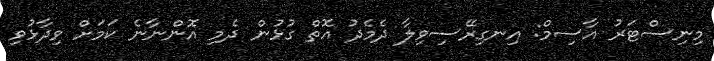
މިނިސްޓަރު އާސިމް: އިނގިރޭސިވިލާ ދެމެދު އޮތް ގުޅުން ދެމި އޮންނާނެ ކަމަށް ވިދާޅުވި